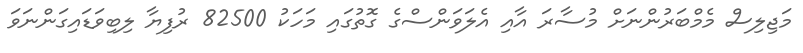
މަޖިލިސް މެމްބަރުންނަށް މުސާރަ އާއި އެލަވަންސްގެ ގޮތުގައި މަހަކު 82500 ރުފިޔާ ލިބިވަޑައިގަންނަވަ